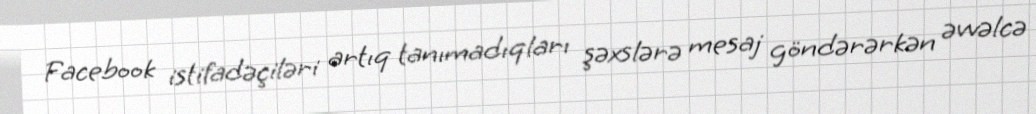
Facebook istifadəçiləri artıq tanımadıqları şəxslərə mesaj göndərərkən əvvəlcə